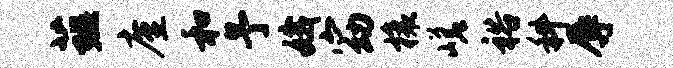
薤廑和予娥窈榱嵯裕科辱